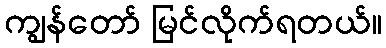
ကျွန်တော် မြင်လိုက်ရတယ်။